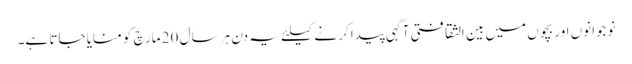
نوجوانوں اور بچوں میں بین الثقافتی آگہی پیدا کرنے کیلئے یہ دن ہر سال 20 مارچ کو منایا جاتا ہے۔